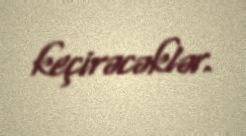
keçirəcəklər.